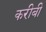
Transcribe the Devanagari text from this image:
करीबी